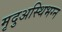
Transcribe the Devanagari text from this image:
मृदुअस्थिभग्न